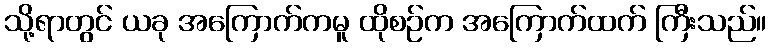
သို့ရာတွင် ယခု အကြောက်ကမူ ထိုစဉ်က အကြောက်ထက် ကြီးသည်။